Assam Mental Hospital (Tezpur, India) - 1933-1948
Year: 1933
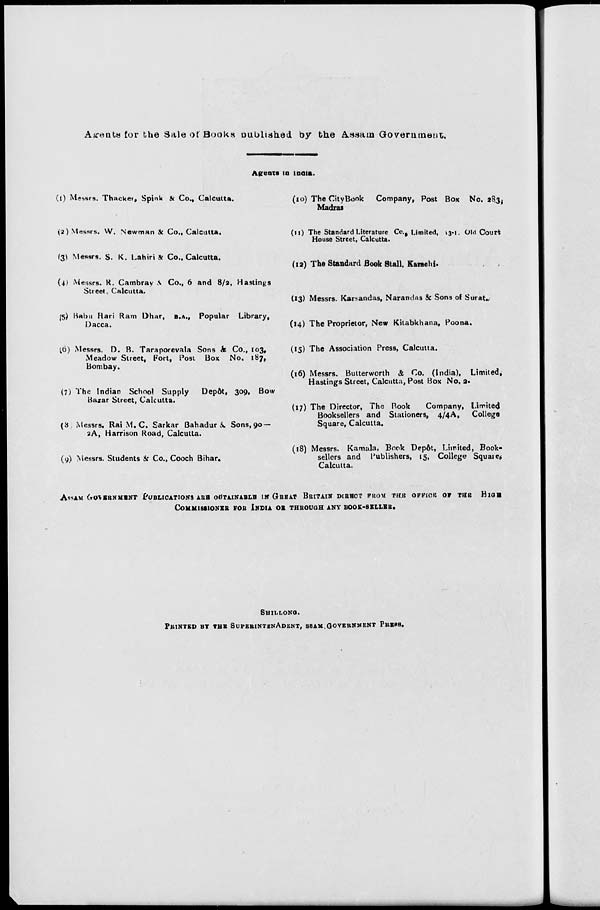
Agents for the Sale of Books published by the Assam Government,
Agents in India.
(1) Messrs. Thacker, Spink & Co., Calcutta.
(2) Messrs. W. Newman & Co., Calcutta.
(3) Messrs. S. K. Lahiri & Co., Calcutta.
(4) Messrs. R. Cambray & Co., 6 and 8/2, Hastings
Street, Calcutta.
(5) Babu Hari Ram Dhar, B.A., Popular Library,
Dacca.
(6) Messrs. D. B. Taraporevala Sons & Co., 103,
Meadow Street, Fort, Post Box No. 187,
Bombay.
(7) The Indian School Supply
Depôt, 309, Bow
Bazar Street, Calcutta.
(8) Messrs. Rai M. C. Sarkar Bahadur & Sons, 90 —
2A, Harrison Road, Calcutta.
(9) Messrs. Students & Co., Cooch Bihar.
(10) The City Book Company, Post Box No. 283,
Madras
(11) The Standard Literature Co., Limited, 13-1. Old Court
House Street, Calcutta.
(12) The Standard Book Stall, Karachi.
(13) Messrs. Karsandas, Narandas & Sons of Surat.
(14) The Proprietor, New Kitabkhana, Poona.
(15) The Association Press, Calcutta.
(16) Messrs. Butterworth & Co. (India), Limited,
Hastings Street, Calcutta, Post Box No. 2.
(17) The Director, The Book
Company, Limited
Booksellers and Stationers, 4/4A,
College
Square, Calcutta.
(18) Messrs. Kamala, Book Depôt, Limited, Book-
sellers and Publishers, 15, College Square,
Calcutta.
ASSAM GOVERNMENT PUBLICATIONS ARE OBTAINABLE IN GREAT BRITAIN DIRECT FROM THE OFFICE OF THE HIGH
COMMISSIONER FOR INDIA OR THROUGH ANY BOOK-SELLER.
SHILLONG.
PRINTED BY THE SUPERINTENADENT, ASSAM, GOVERNMENT PRESS.